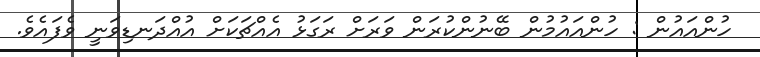
ހުންއައުން : ހުންއައުމުން ބޭނުންކުރަން ވަރަށް ރަގަޅު އެއްޗަކަށް އުއްދަނޑިވަނީ ވެފައެވެ.